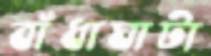
বাঁধাঘাটা